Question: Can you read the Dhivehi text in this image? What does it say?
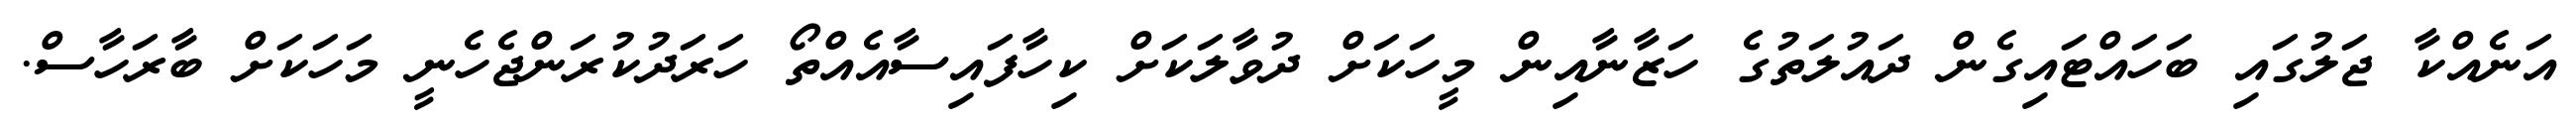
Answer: އަނެއްކާ ޖަލުގައި ބަހައްޓައިގެން ދައުލަތުގެ ހަޒާނާއިން މީހަކަށް ދުވާލަކަށް ކިހާފައިސާއެއްތޯ ހަރަދުކުރަންޖެހެނީ މަހަކަށް ބާރަހާސް.